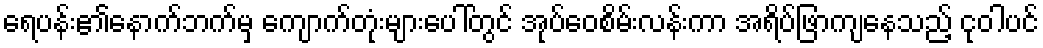
ရေပန်း၏နောက်ဘက်မှ ကျောက်တုံးများပေါ်တွင် အုပ်ဝေစိမ်းလန်းကာ အရိပ်ဖြာကျနေသည့် ငုဝါပင်